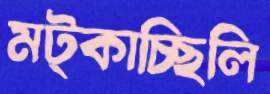
মট্‌কাচ্ছিলি